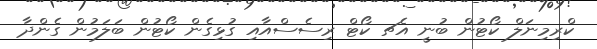
ކްރިމިނަލް ކޯޓުން ބުނީ އެޗ ކޯޓް ރިސެސްއާއި ގުޅިގެން ކޯޓުން ބަލަމުން ގެންދާ